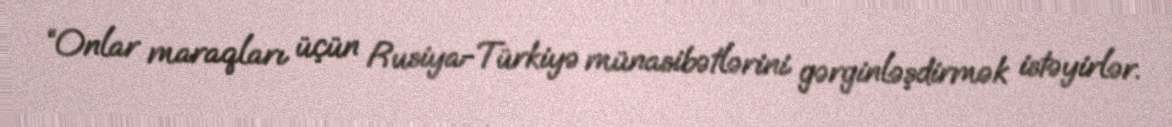
“Onlar maraqları üçün Rusiya-Türkiyə münasibətlərini gərginləşdirmək istəyirlər.